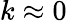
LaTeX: k\approx 0